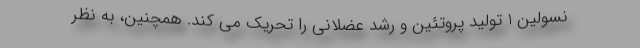
نسولین 1 تولید پروتئین و رشد عضلانی را تحریک می کند. همچنین، به نظر